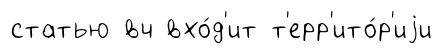
статью вч вхо́д'ит т'ерр'ито́р'иjи